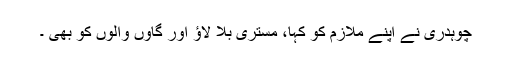
چوہدری نے اپنے ملازم کو کہا، مستری بلا لاؤ اور گاوں والوں کو بھی ۔